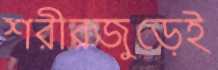
শরীরজুড়েই